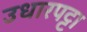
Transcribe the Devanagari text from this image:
उधारपट्टा